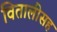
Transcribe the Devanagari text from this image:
वितालीसह